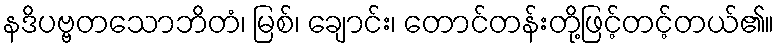
နဒိပဗ္ဗတသောဘိတံ၊ မြစ်၊ ချောင်း၊ တောင်တန်းတို့ဖြင့်တင့်တယ်၏။